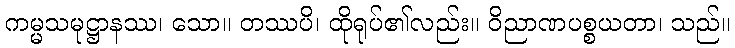
ကမ္မသမုဋ္ဌာနဿ၊ သော။ တဿပိ၊ ထိုရုပ်၏လည်း။ ဝိညာဏပစ္စယတာ၊ သည်။